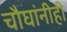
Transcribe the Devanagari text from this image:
चौघांनीही